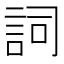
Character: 詞